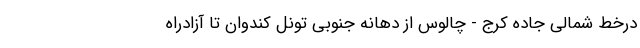
درخط شمالی جاده کرج - چالوس از دهانه جنوبی تونل کندوان تا آزادراه